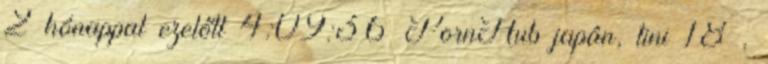
2 hónappal ezelőtt 4:09:36 PornHub japán, tini 18 ,